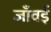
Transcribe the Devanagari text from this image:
जाँवई